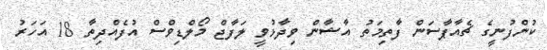
ކުންފުނީގެ ޗެއާޕާސަން ފާތިމަތު އާޝާން ވިދާޅުވީ ލަފާޖް މޯލްޑިވްސް އުފެއްދިތާ 18 އަހަރު